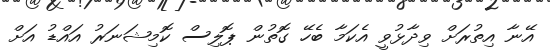
އޭނާ އިތުރަށް ވިދާޅުވީ އެކަމާ ބެހޭ ގޮތުން ޕޮލިސް ކޮމިޝަނަރު އައްޑު އަށް